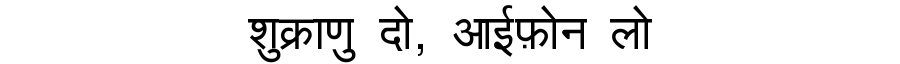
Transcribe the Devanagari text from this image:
शुक्राणु दो, आईफ़ोन लो